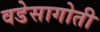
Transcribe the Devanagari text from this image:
वडेसागोती